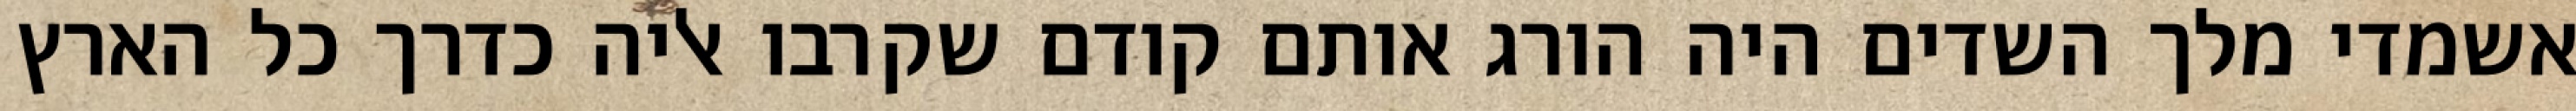
אשמדי‏ מלך השדים היה הורג אותם קודם שקרבו אליה כדרך כל הארץ